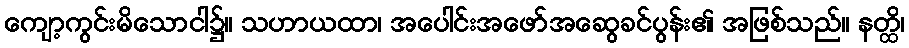
ကျော့ကွင်းမိသောငါ၌။ သဟာယထာ၊ အပေါင်းအဖော်အဆွေခင်ပွန်း၏ အဖြစ်သည်။ နတ္ထိ၊